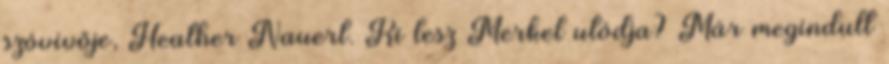
szóvivője, Heather Nauert. Ki lesz Merkel utódja? Már megindult